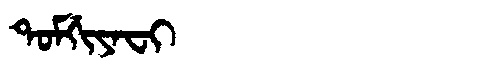
Manchu: ᡨᠣᠮᡤᡳᠶᠠᠸᡳ
Romanization: TOMGIYAFI